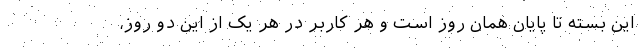
این بسته تا پایان همان روز است و هر کاربر در هر یک از این دو روز،